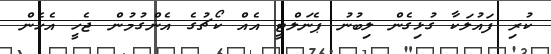
ކުރި ފައުލަކާ ގުޅިގެން ލިބުނު ޕެނަލްޓީ އެއް ކޯޗުގެ އެންގުމުން ޖެހީ އެހެން